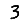
Digit: 3